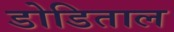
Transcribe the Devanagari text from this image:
डोडिताल